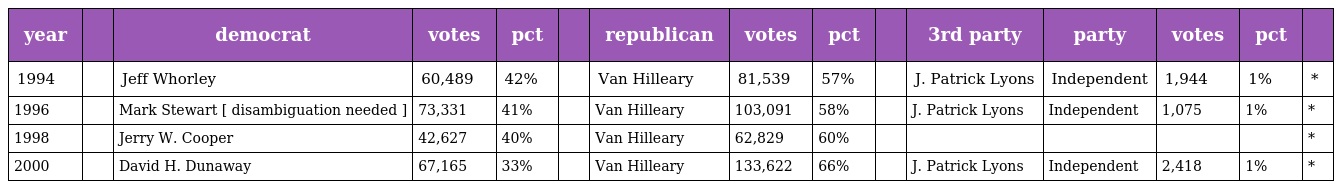
| year |  | democrat | votes | pct |  | republican | votes | pct |  | 3rd party | party | votes | pct |  |
 | --- | --- | --- | --- | --- | --- | --- | --- | --- | --- | --- | --- | --- | --- | --- |
 | 1994 |  | Jeff Whorley | 60,489 | 42% |  | Van Hilleary | 81,539 | 57% |  | J. Patrick Lyons | Independent | 1,944 | 1% | * |
 | 1996 |  | Mark Stewart [ disambiguation needed ] | 73,331 | 41% |  | Van Hilleary | 103,091 | 58% |  | J. Patrick Lyons | Independent | 1,075 | 1% | * |
 | 1998 |  | Jerry W. Cooper | 42,627 | 40% |  | Van Hilleary | 62,829 | 60% |  |  |  |  |  | * |
 | 2000 |  | David H. Dunaway | 67,165 | 33% |  | Van Hilleary | 133,622 | 66% |  | J. Patrick Lyons | Independent | 2,418 | 1% | * |